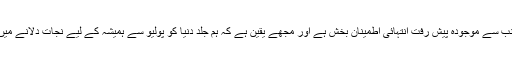
اس ضمن میں پاکستان کی جانب سے موجودہ پیش رفت انتہائی اطمینان بخش ہے اور مجھے یقین ہے کہ ہم جلد دنیا کو پولیو سے ہمیشہ کے لیے نجات دلانے میں کامیابی حاصل کر لیں گے"۔